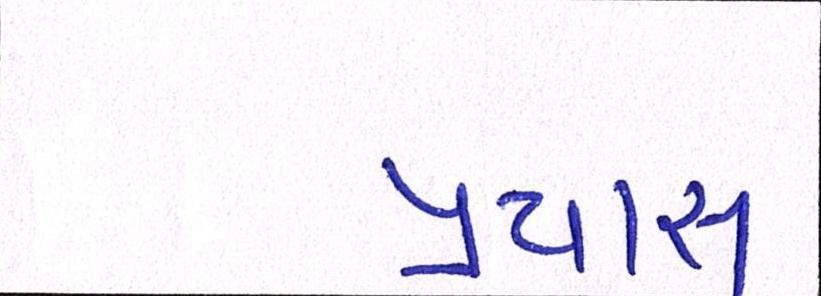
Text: પ્રયાસ